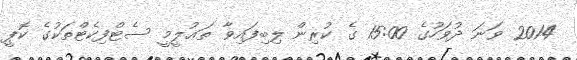
2014 ވަނަ ދުވަހުގެ 15:00 ގެ ކުރިން ލިބިފައިވާ ތަޢުލީމީ ސެޓްފިކެޓްތަކުގެ ކޮޕީ